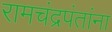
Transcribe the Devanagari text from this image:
रामचंद्रपंतांना